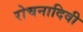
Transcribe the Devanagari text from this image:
रोचनादिवी